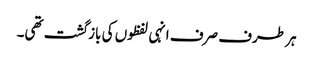
ہر طرف صرف انہی لفظوں کی بازگشت تھی۔